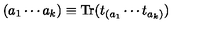
( a _ { 1 } \cdots a _ { k } ) \equiv \mathrm { T r } ( t _ { ( a _ { 1 } } \cdots t _ { a _ { k } ) } )